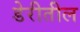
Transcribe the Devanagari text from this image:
डेरीतील